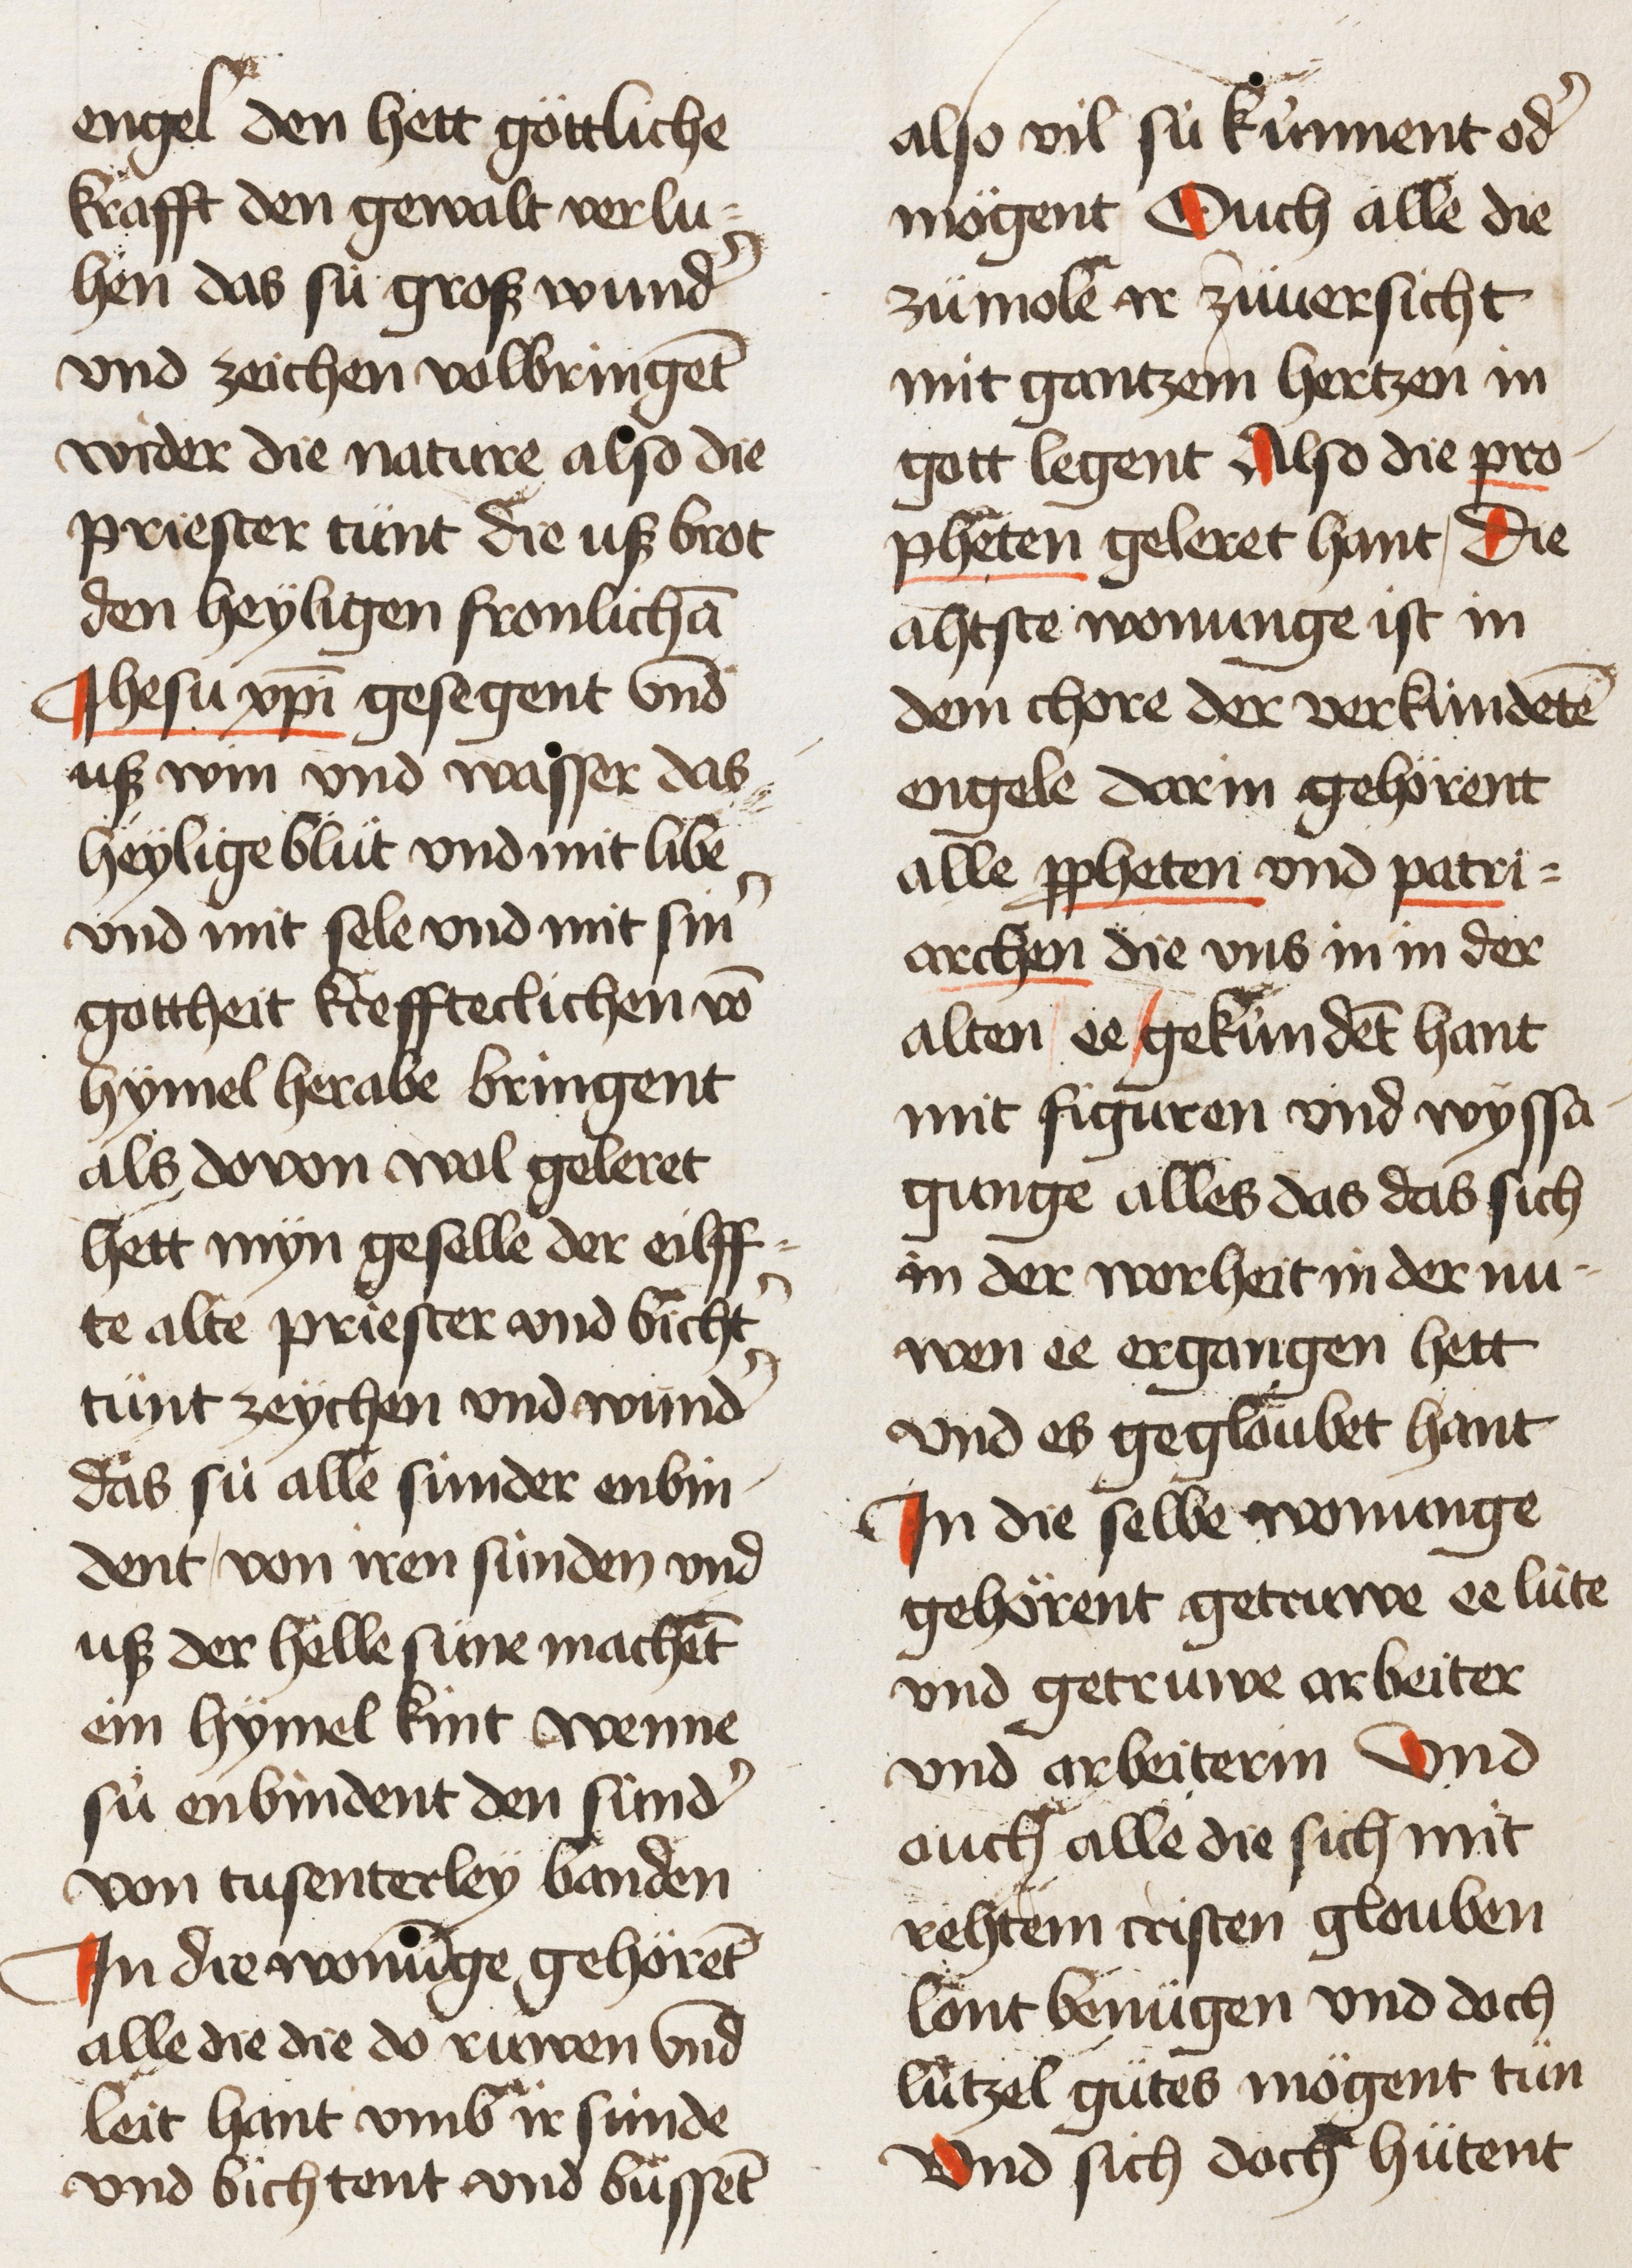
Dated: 1450–1499